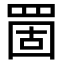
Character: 䍛